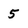
Character: 5